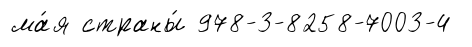
ма́я страны́ 978-3-8258-7003-4